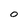
Character: O